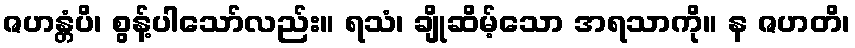
ဇဟန္တံပိ၊ စွန့်ပါသော်လည်း။ ရသံ၊ ချိုဆိမ့်သော အရသာကို။ န ဇဟတိ၊